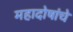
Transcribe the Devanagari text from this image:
महादोषांचे